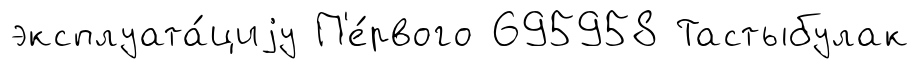
эксплуата́циjу П'е́рвого 695958 Тастыбулак